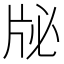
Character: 𰠜